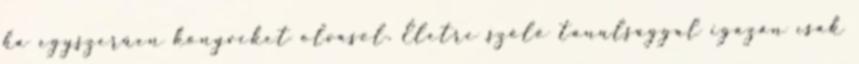
ha egyszerűen könyveket olvasol. Életre szóló tanulsággal igazán csak